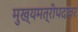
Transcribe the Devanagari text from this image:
मुख्यमत्रीपदावर